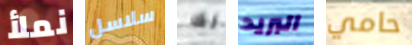
نملأ سلاسل لك البريد حامي